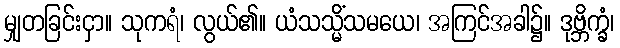
မျှတခြင်းငှာ။ သုကရံ၊ လွယ်၏။ ယံသသ္မိံသမယေ၊ အကြင်အခါ၌။ ဒုဗ္ဘိက္ခံ၊